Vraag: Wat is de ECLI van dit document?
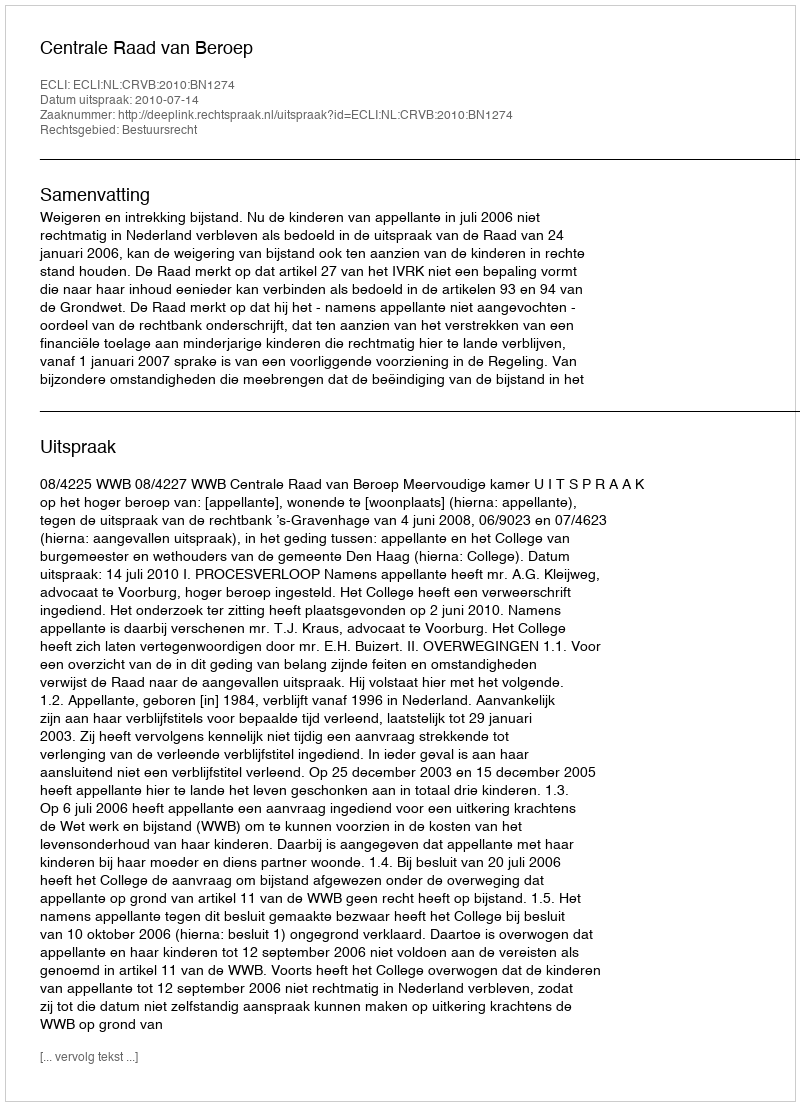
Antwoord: ECLI:NL:CRVB:2010:BN1274